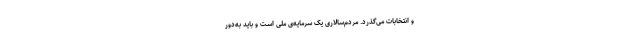
و انتخابات می‌گذرد. مردم‌سالاری یک سرمایه‌ی ملّی است و باید به‌دور